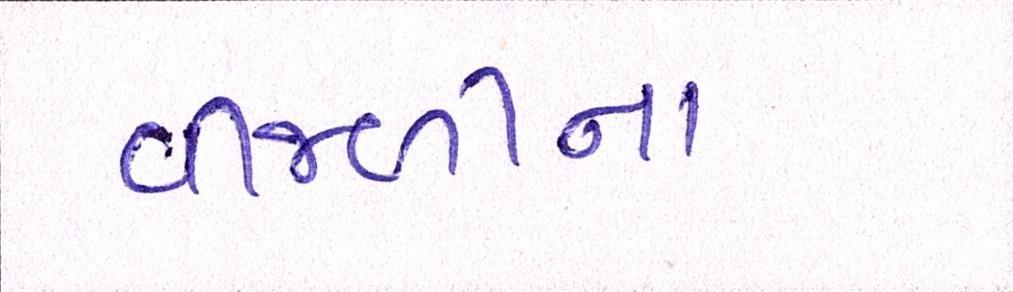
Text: વીજળીના